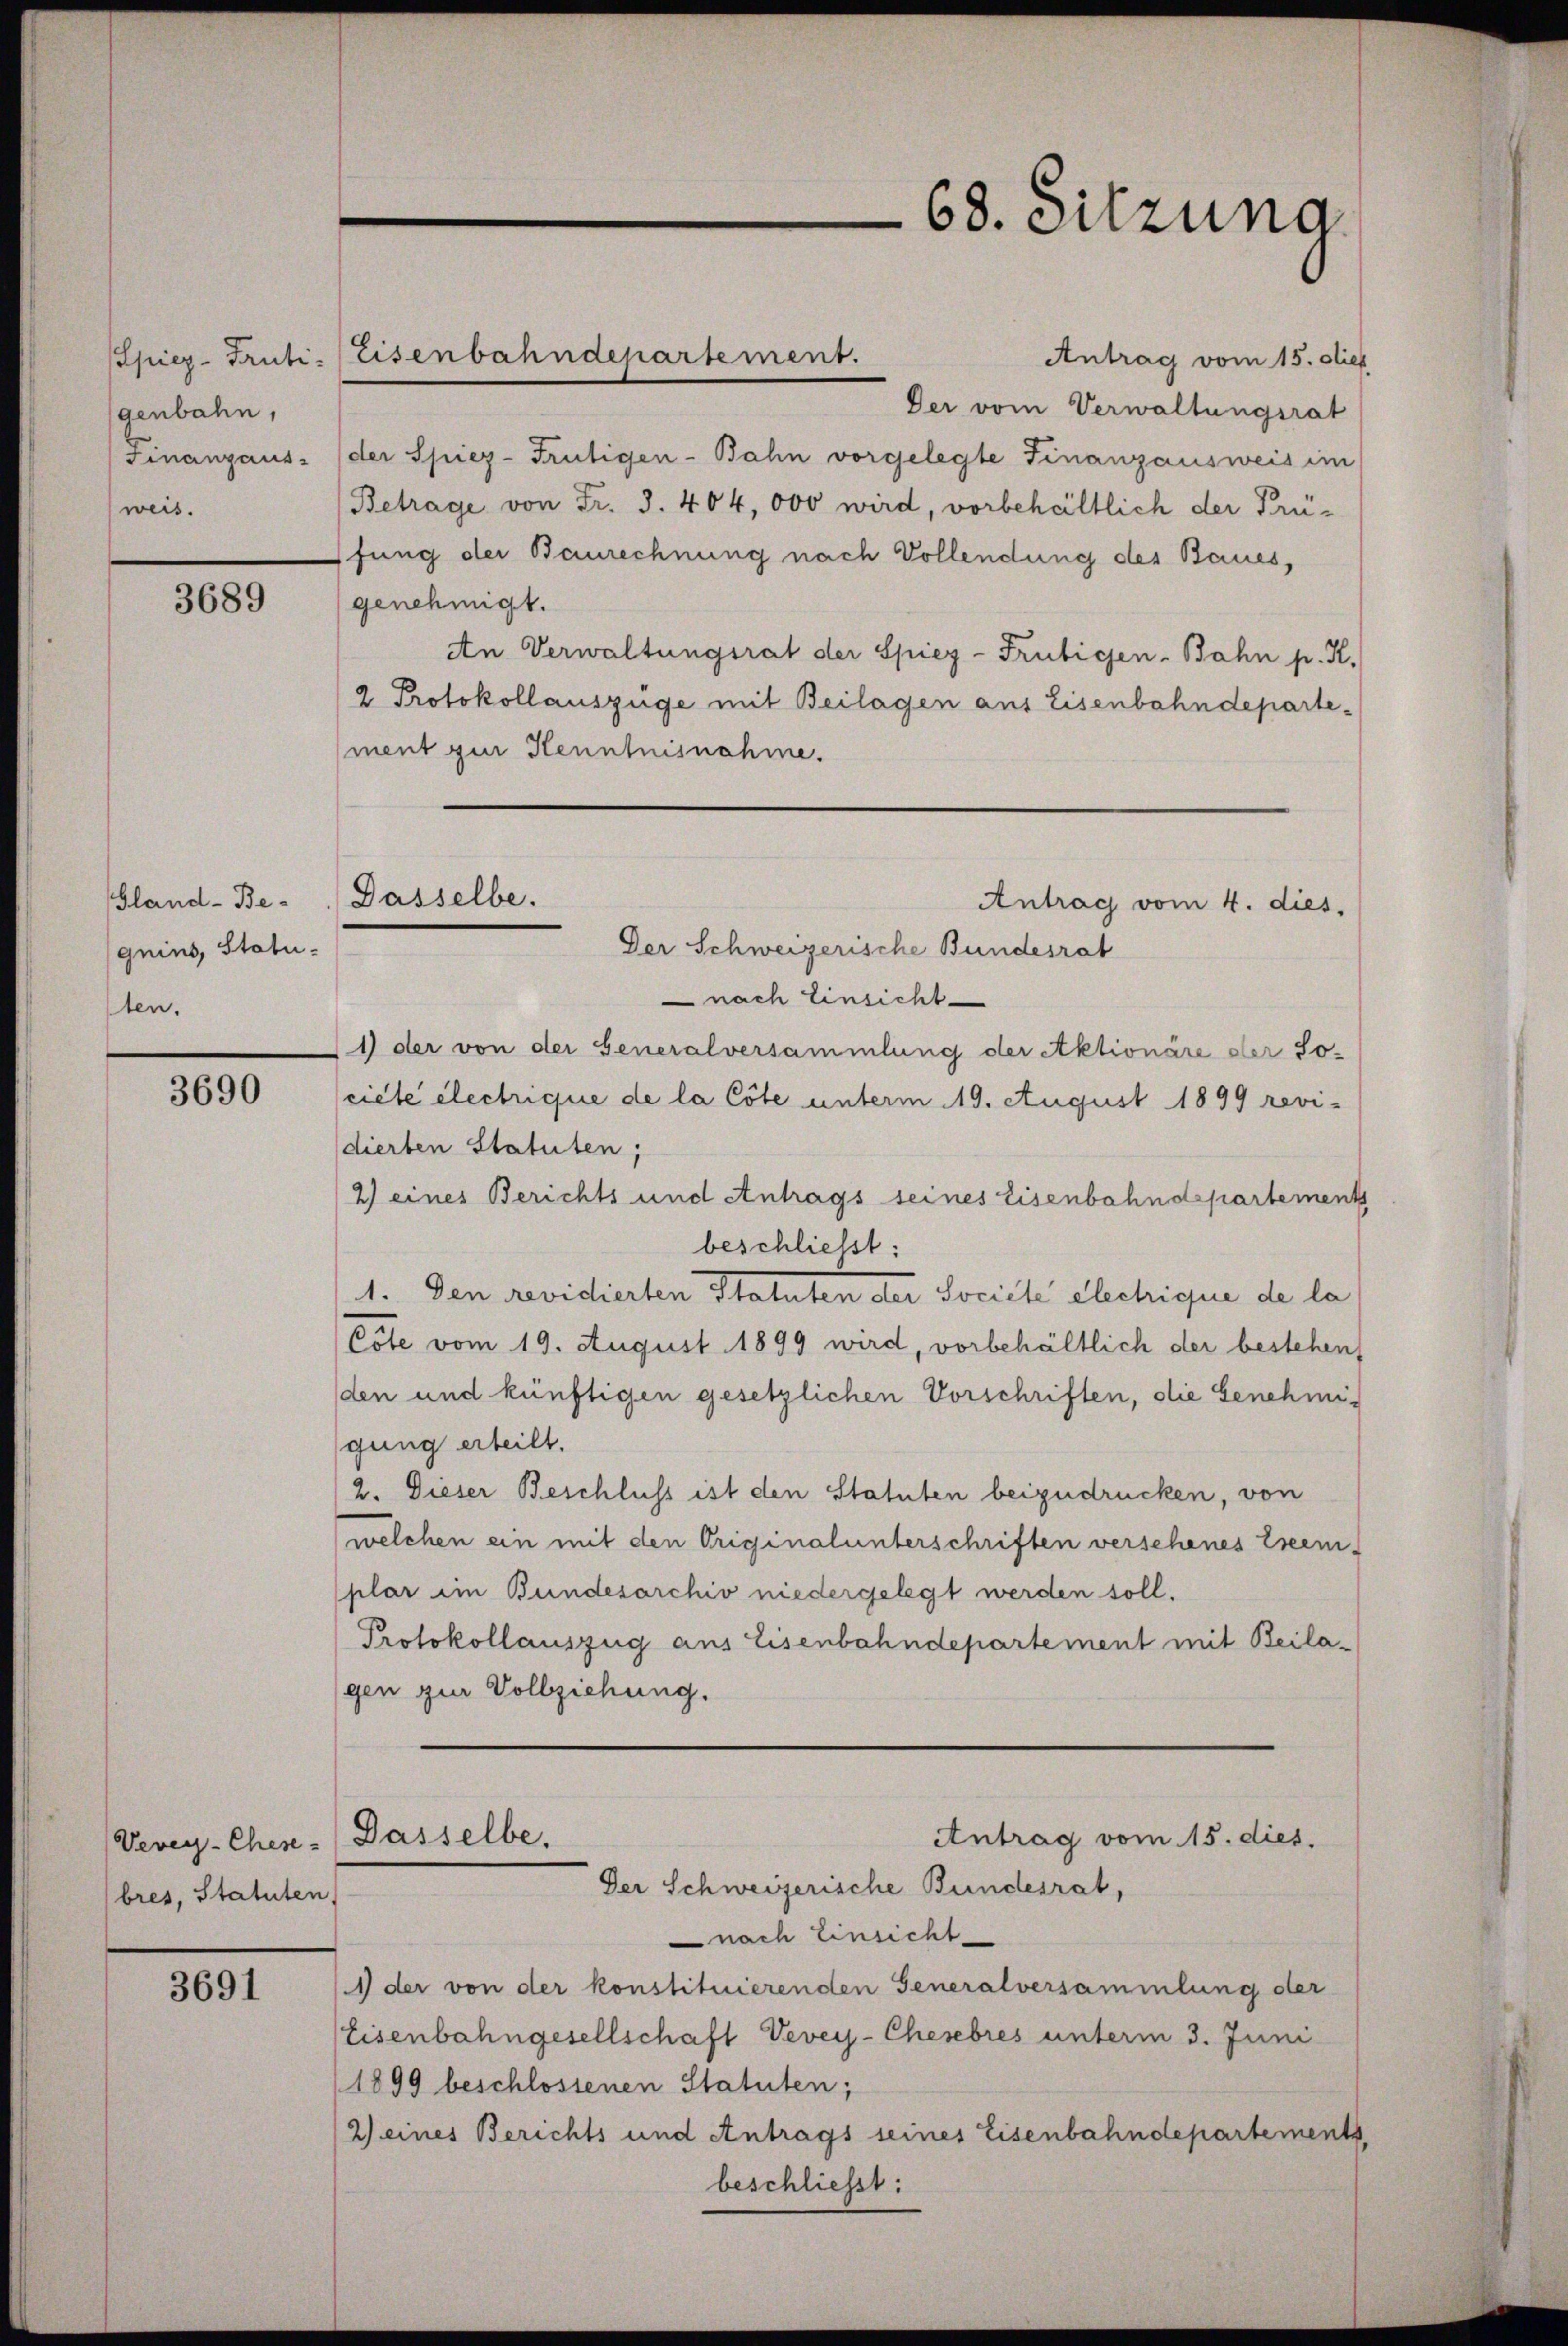
genbahn,
weis.

3689

Gland-Be-
quins, Statu
sten.

3690

Vevey-Chene - Dasselbe,
bres, Statuten,

3691

Antrag vom 15. dies
Der vom Verwaltungsrat
Finanzaus: (der Spiez-Frütigen-Bahn vorgelegte Finanzausweis im
Betrage von Fr. 3. 404, 000 wird, vorbehältlich der Prüfung der Baurechnung nach Vollendung des Baues,
genehmigt.
An Verwaltungsrat der Spiez-Frübigen-Bahn p. K.
2 Protokollauszüge mit Beilagen aus Eisenbahndepartement zur Kenntnisnahme.

Spiez-Fruti-Eisenbahndepartement.

Dasselbe.

68. Sitzung

Antrag vom 4. dies

Der Schweizerische Bundesrat
nach Einsicht
1) der von der Generalversammlung der Aktionäre der So-
cicte électrique de la Cote unterm 19. August 1899 revi-
dierten Statuten;
2) eines Berichts und Antrags seines Eisenbahndepartement
beschliesst:
1. Den revidierten Statuten der Societe elechique de la
Cote vom 19. August 1899 wird, vorbehältlich der bestehen
den und künftigen gesetzlichen Vorschriften, die Genehmigung erteilt.
2. Dieser Beschluss ist den Statuten beizudrücken, von
(welchen ein mit den Originalunterschriften verschenes Leem-
plar im Bundesarchiv niedergelegt werden soll.
Protokollauszug aus Eisenbahndepartement mit Beilagen zur Vollziehung.

Antrag vom 15. dies.
Der Schweizerische Bundesrat,

nach Einsicht
1) der von der konstituierenden Generalversammlung der
Eisenbahngesellschaft Vevey-Cherebres unterm 3. Juni
1899 beschlossenen Statuten;
2) eines Berichts und Antrags seines Eisenbahndepartements
beschließt: